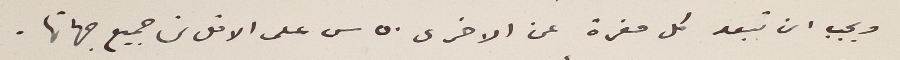
ويجب ان تبعد كل مغرة عن الاخرى ٥٠ س على الاقل من جميع جهاتها.